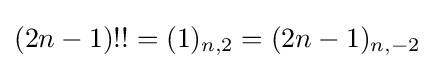
(2n-1)!!=(1)_{n,2}=(2n-1)_{n,-2}